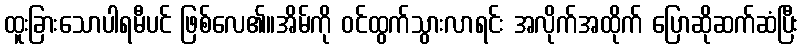
ထူးခြားသောပါရမီပင် ဖြစ်လေ၏။အိမ်ကို ဝင်ထွက်သွားလာရင်း အလိုက်အထိုက် ပြောဆိုဆက်ဆံပြီး